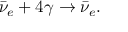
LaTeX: \bar { \nu } _ { e } + 4 \gamma \rightarrow \bar { \nu } _ { e } .